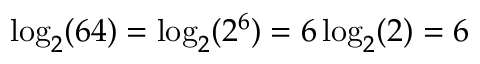
\log _ { 2 } ( 6 4 ) = \log _ { 2 } ( 2 ^ { 6 } ) = 6 \log _ { 2 } ( 2 ) = 6